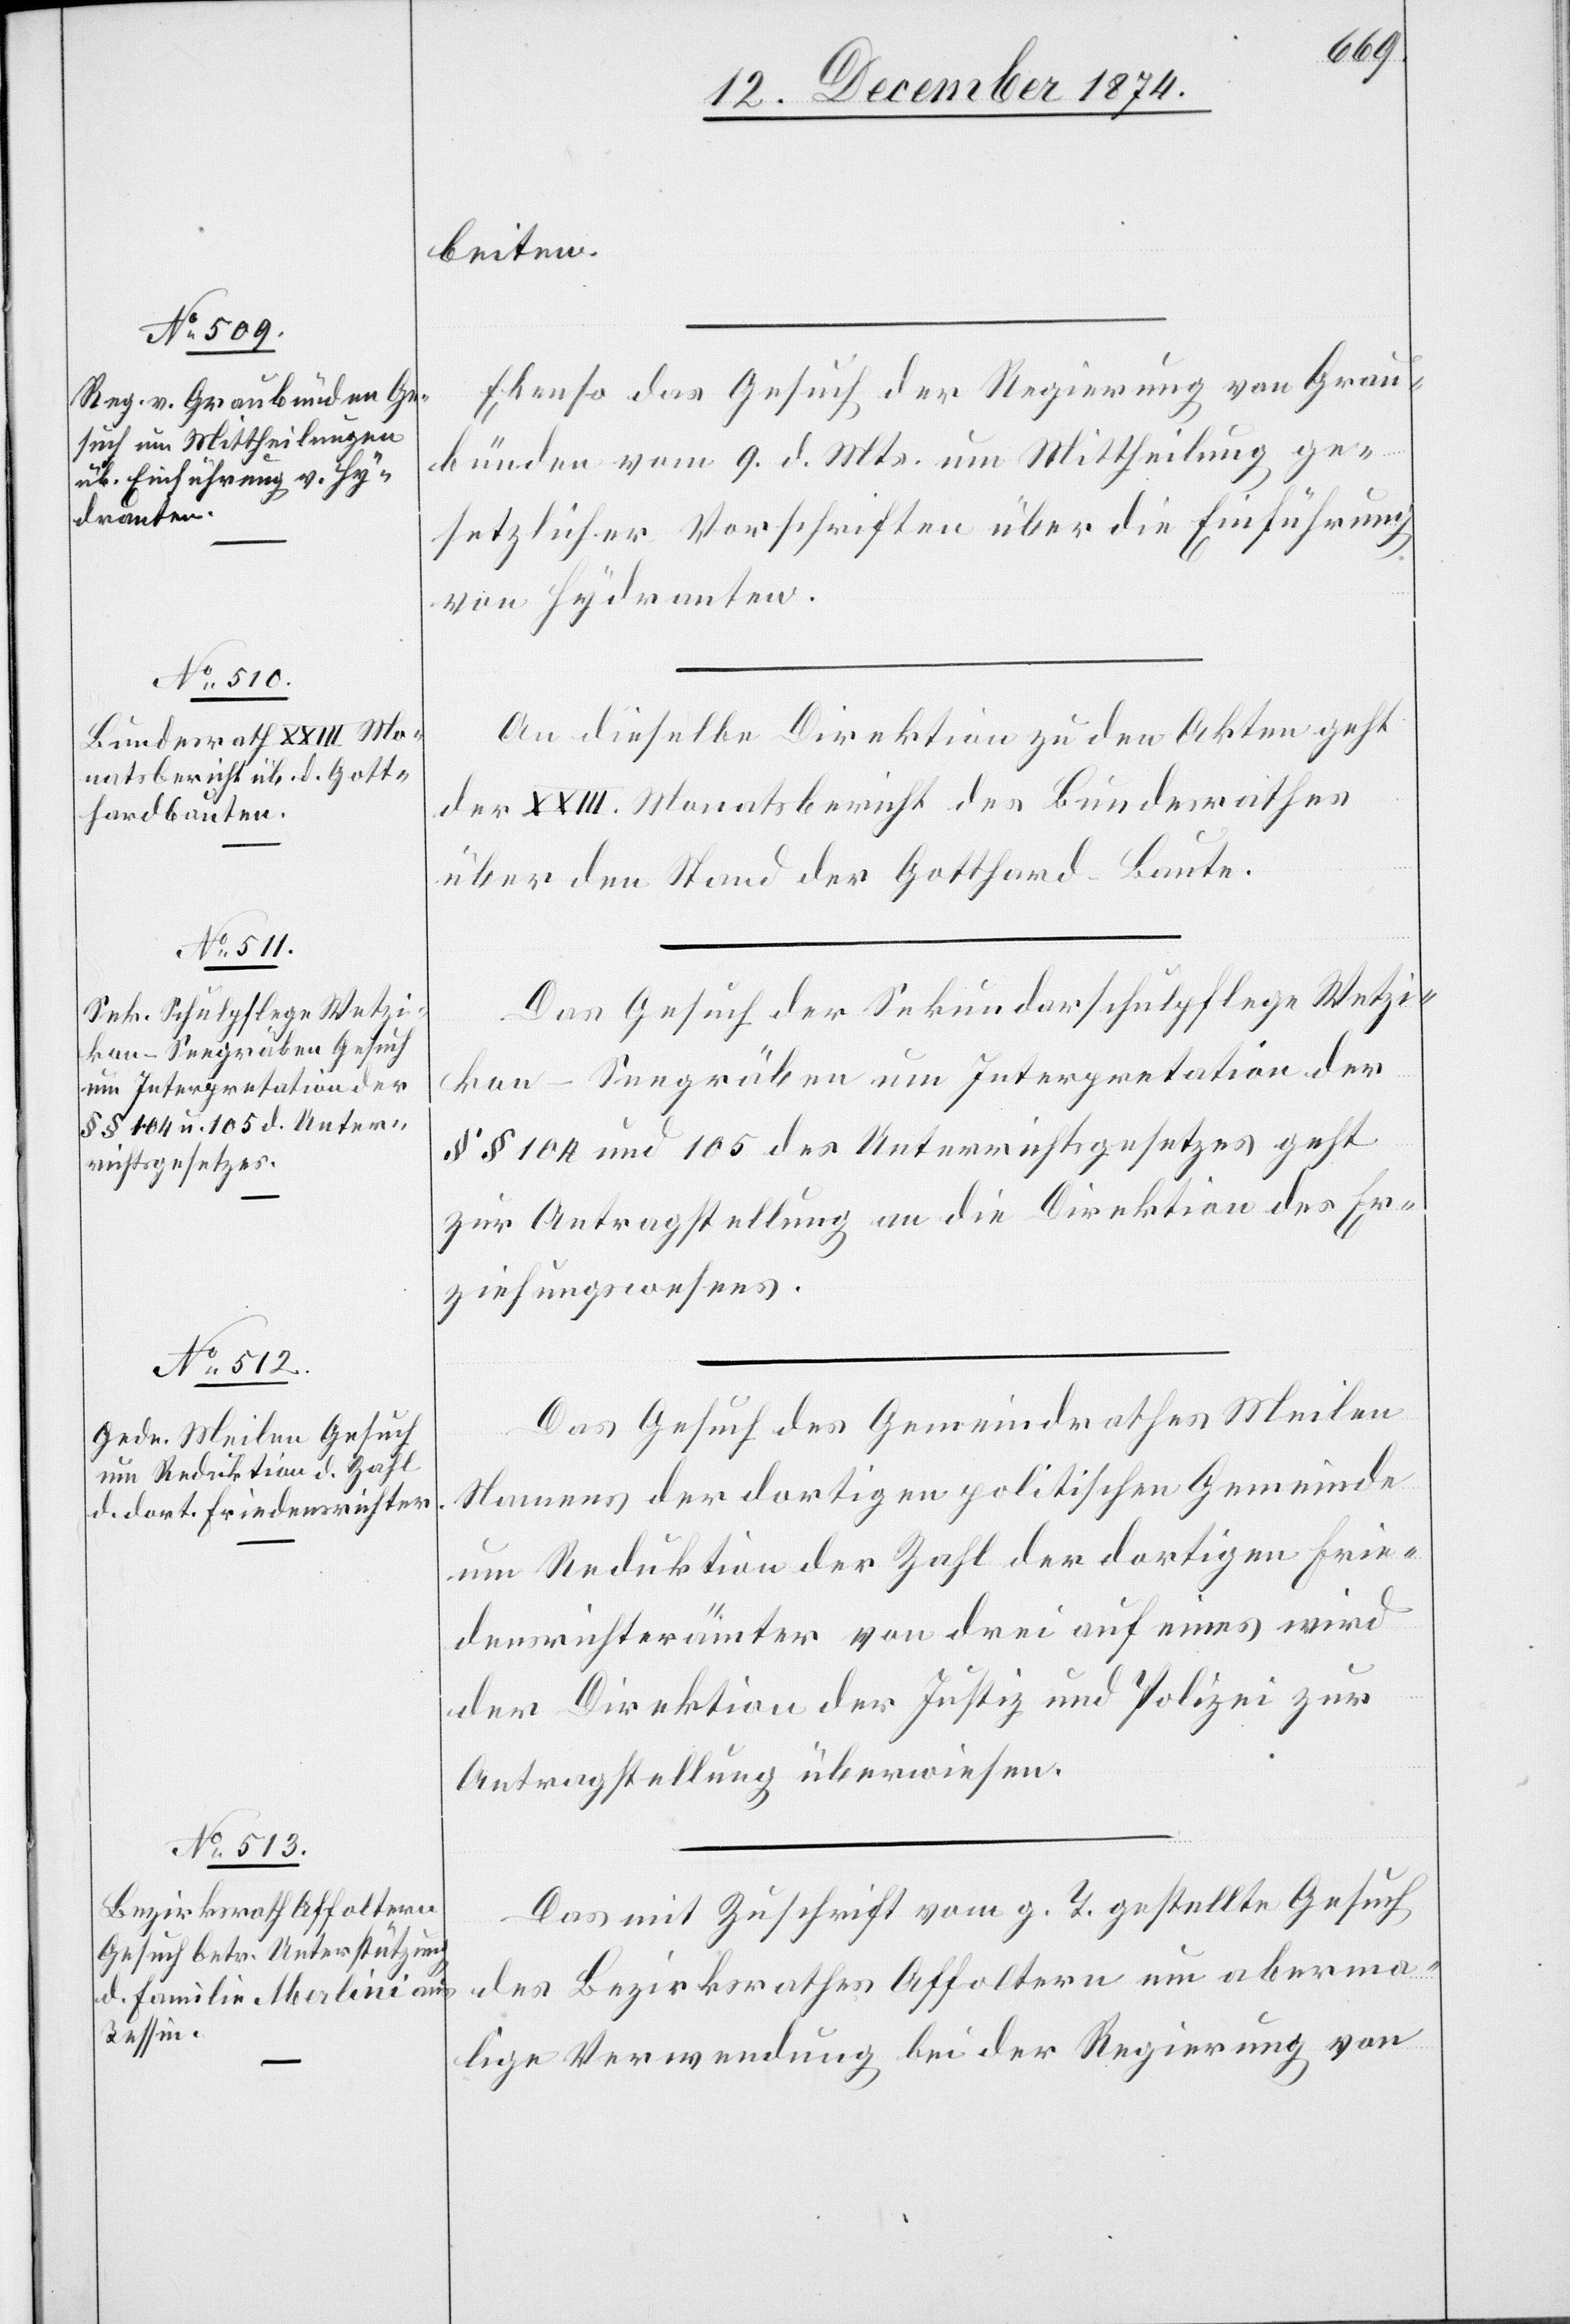
14. Dezember 1874.]
beiten.
Ebenso das Gesuch der Regierung von Grau¬
bünden vom 9. d. Mts. um Mittheilung ge¬
setzlicher Vorschriften über die Einführung
von Hydranten.
An dieselbe Direktion zur den Akten geht
der XXIII. Monatsbericht des Bundesrathes
über den Stand der Gotthard-Baute.
Das Gesuch der Sekundarschulpflege Wetzi¬
kon-Seegräben um Interpretation der
§§ 104 und 105 des Unterrichtsgesetzes geht
zur Antragstellung an die Direktion des Er¬
ziehungswesens.
Das Gesuch des Gemeindrathes Meilen
Namens der dortigen politischen Gemeinde
um Reduktion der Zahl der dortigen Frie¬
densrichterämter von drei auf eines wird
der Direktion der Justiz und Polizei zur
Antragstellung überwiesen.
Das mit Zuschrift vom g. T. gestellte Gesuch
des Bezirksrathes Affoltern um aberma¬
lige Verwendung bei der Regierung von